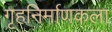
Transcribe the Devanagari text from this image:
गृहनिर्माणकला